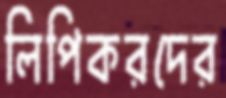
লিপিকরদের